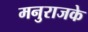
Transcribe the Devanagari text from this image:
मनुराजके